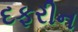
દફરીન